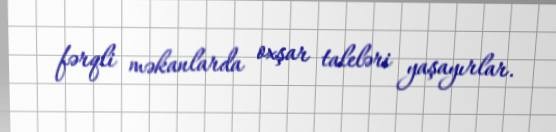
fərqli məkanlarda oxşar taleləri yaşayırlar.